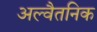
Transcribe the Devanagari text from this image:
अल्वैतनिक